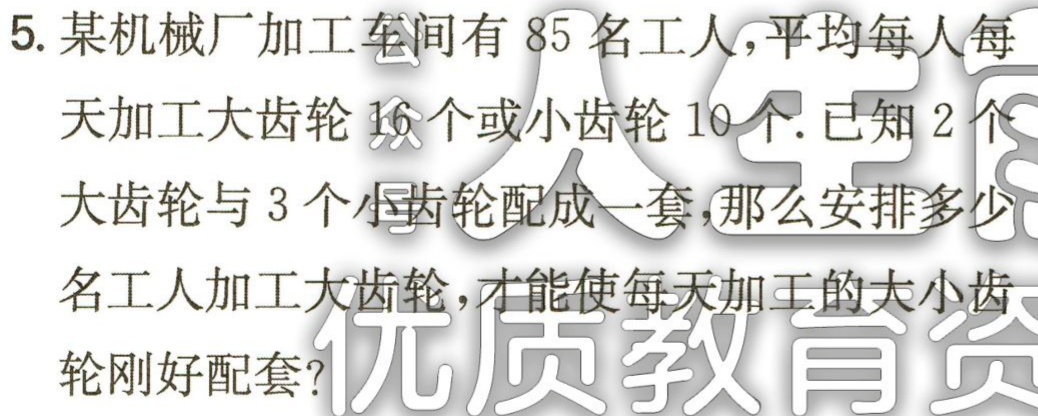
5. 某机械厂加工车间有85名工人，平均每人每天加工大齿轮16个或小齿轮10个，已知2个大齿轮与3个小齿轮配成一套，那么安排多少名工人加工大齿轮，多少名工人加工小齿轮，才能使每天加工的大小齿轮刚好配套？